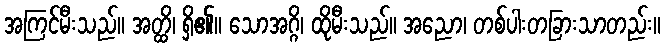
အကြင်မီးသည်။ အတ္ထိ၊ ရှိ၏။ သောအဂ္ဂိ၊ ထိုမီးသည်။ အညော၊ တစ်ပါးတခြားသာတည်း။